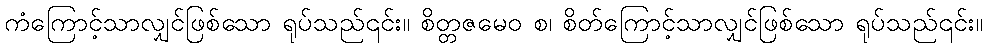
ကံကြောင့်သာလျှင်ဖြစ်သော ရုပ်သည်၎င်း။ စိတ္တဇမေဝ စ၊ စိတ်ကြောင့်သာလျှင်ဖြစ်သော ရုပ်သည်၎င်း။